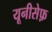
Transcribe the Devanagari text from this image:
यूनीसेफ़